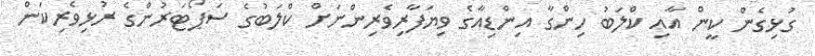
ގުޅިގެން ކީން އާއި ކްލަބު ހިންގާ އިންޑިއާގެ ވިޔަފާރިވެރިންނަށް ކްލަބުގެ ސަޕޯޓަރުންގެ ރުޅިވެރިކަން